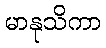
မာနုသိကာ